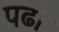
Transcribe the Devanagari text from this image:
पढो